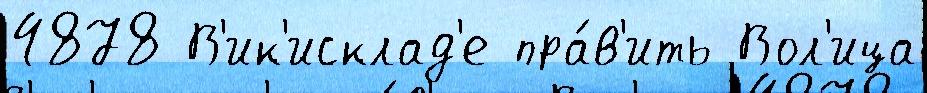
4878 В'ик'исклад'е пра́в'ить Вол'ица